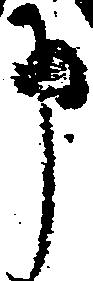
申